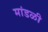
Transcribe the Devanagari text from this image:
मांडळी